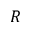
R